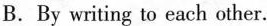
B. By writing to each other.